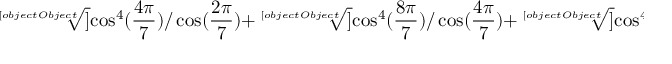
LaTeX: { \sqrt [ [object Object] ] { \cos ^ { 4 } ( { \frac { 4 \pi } { 7 } } ) / \cos ( { \frac { 2 \pi } { 7 } } ) } } + { \sqrt [ [object Object] ] { \cos ^ { 4 } ( { \frac { 8 \pi } { 7 } } ) / \cos ( { \frac { 4 \pi } { 7 } } ) } } + { \sqrt [ [object Object] ] { \cos ^ { 4 } ( { \frac { 2 \pi } { 7 } } ) / \cos ( { \frac { 8 \pi } { 7 } } ) } } = - { \sqrt [ [object Object] ] { 4 9 } } / 2 .